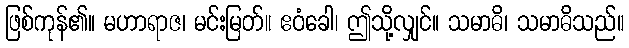
ဖြစ်ကုန်၏။ မဟာရာဇ၊ မင်းမြတ်။ ဧဝံခေါ၊ ဤသို့လျှင်။ သမာဓိ၊ သမာဓိသည်။